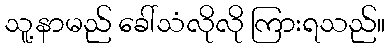
သူ့နာမည် ခေါ်သံလိုလို ကြားရသည်။